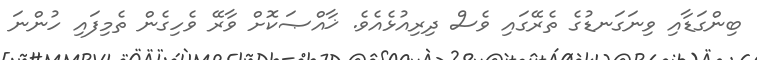
ބިންގަޑާއި ވިނަގަނޑުގެ ތެރޭގައި ވެސް ދިރިއުޅެއެވެ. ޚާއްޞަކޮށް ވާރޭ ވެހިގެން ތެމިފައި ހުންނަ